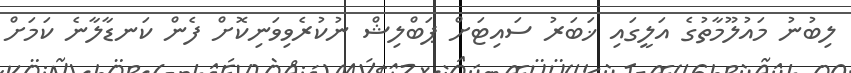
ލިބުނު މައުލޫމާތުގެ އަލީގައި ޚަބަރު ސައިޓަށް ޕަބްލިޝް ނުކުރެވިވަނިކޮށް ފެން ކަނޑާލާނެ ކަމަށް